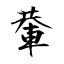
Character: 輂